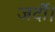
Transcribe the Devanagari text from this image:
जर्दी।